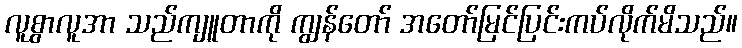
လူစွာလူအာ သည်ကျူတာကို ကျွန်တော် အတော်မြင်ပြင်းကပ်လိုက်မိသည်။